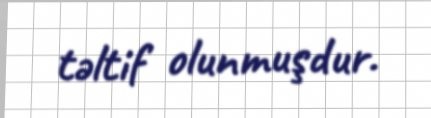
təltif olunmuşdur.